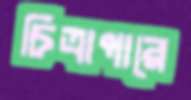
চিত্রাপারে